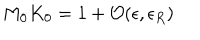
M _ { 0 } K _ { 0 } = 1 + { \cal O } ( \epsilon , \epsilon _ { R } )